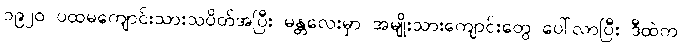
၁၉၂၀ ပထမကျောင်းသားသပိတ်အပြီး မန္တလေးမှာ အမျိုးသားကျောင်းတွေ ပေါ်လာပြီး ဒီထဲက